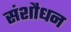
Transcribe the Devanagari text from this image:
संशौधन